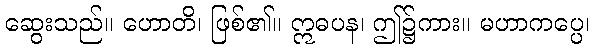
ဆွေးသည်။ ဟောတိ၊ ဖြစ်၏။ ဣဓပန၊ ဤ၌ကား။ မဟာကပ္ပေ၊